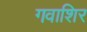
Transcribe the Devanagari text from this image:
गवाशिर